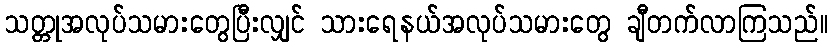
သတ္တုအလုပ်သမားတွေပြီးလျှင် သားရေနယ်အလုပ်သမားတွေ ချီတက်လာကြသည်။